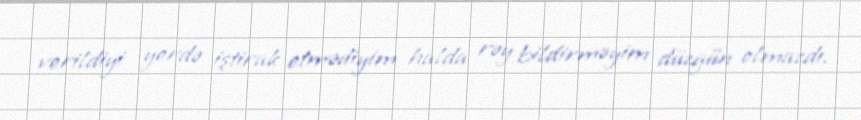
verildiyi yerdə iştirak etmədiyim halda rəy bildirməyim düzgün olmazdı.